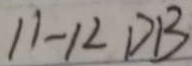
1 1 - 1 2 D B